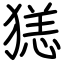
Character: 㺊